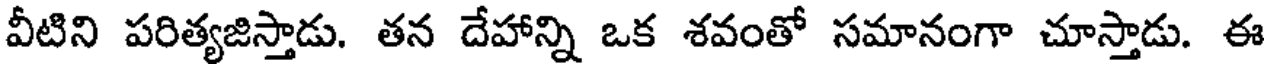
వీటిని పరిత్యజిస్తాడు. తన దేహాన్ని ఒక శవంతో సమానంగా చూస్తాడు. ఈ